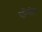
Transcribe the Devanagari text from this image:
सनिंगहिल